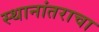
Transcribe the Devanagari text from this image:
स्थानांतराचा